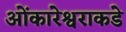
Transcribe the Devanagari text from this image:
ओंकारेश्वराकडे